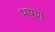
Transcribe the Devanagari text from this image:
भषण